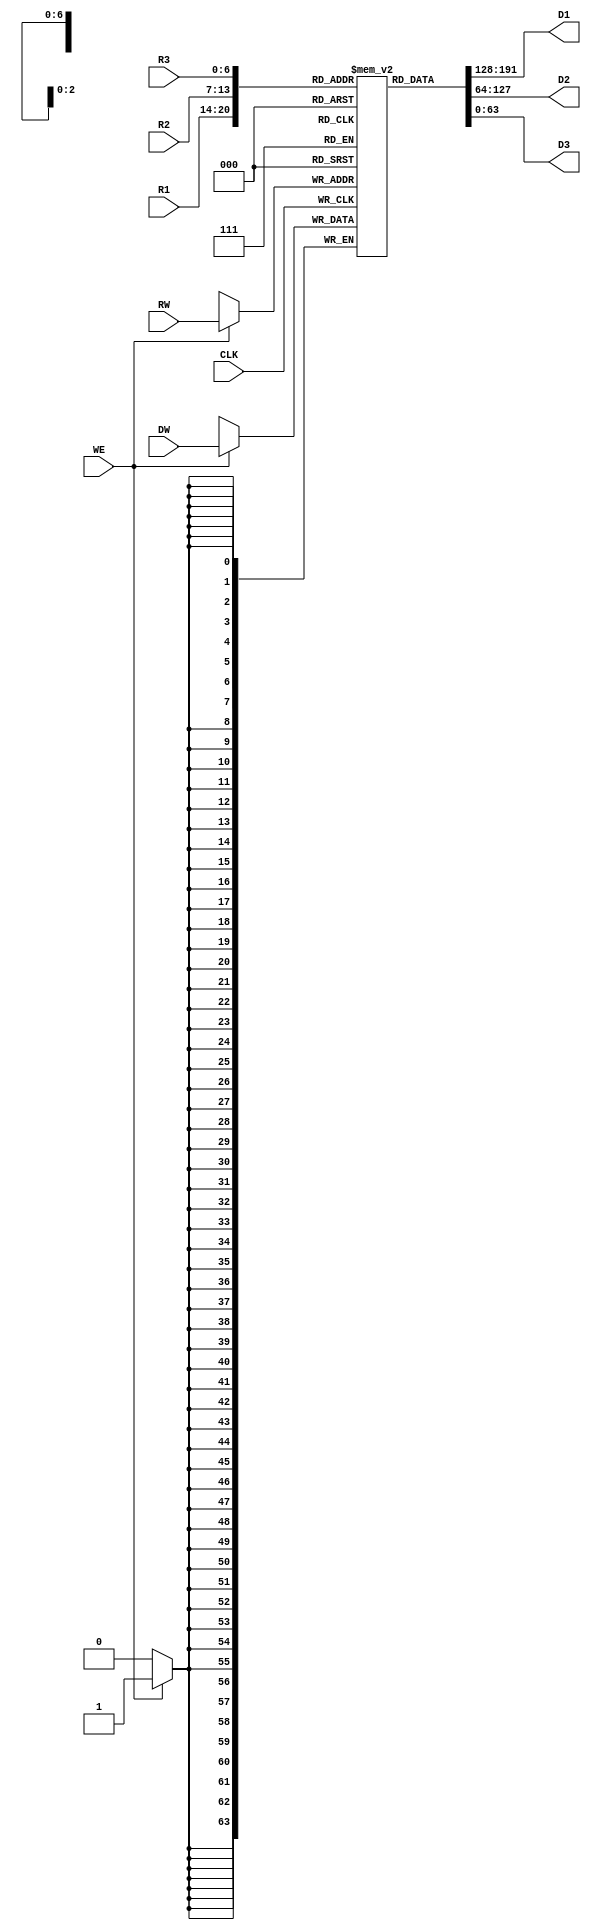
module Microwatt_FP_DFFRFile (
`ifdef USE_POWER_PINS
    inout VPWR,
    inout VGND,
`endif
    input [6:0]   R1, R2, R3, RW,
    input [63:0]  DW,
    output [63:0] D1, D2, D3,
    input CLK,
    input WE
);

    reg [63:0] registers[0:95];

    assign D1 = registers[R1];
    assign D2 = registers[R2];
    assign D3 = registers[R3];

    always @(posedge CLK) begin
        if (WE)
            registers[RW] <= DW;
    end

endmodule